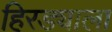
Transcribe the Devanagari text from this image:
हिरड्याला